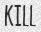
KILL